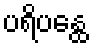
ပရိပန္ထေ